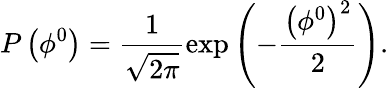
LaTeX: P\left(\phi^{0}\right)=\frac{1}{\sqrt{2\pi}}\exp\left(-\frac{\left(\phi^{0}\right)^{2}}{2}\right).